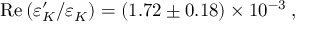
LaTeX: \mathrm { R e } \, ( \varepsilon _ { K } ^ { \prime } / \varepsilon _ { K } ^ { \phantom { ' } } ) = ( 1 . 7 2 \pm 0 . 1 8 ) \times 1 0 ^ { - 3 } \; ,